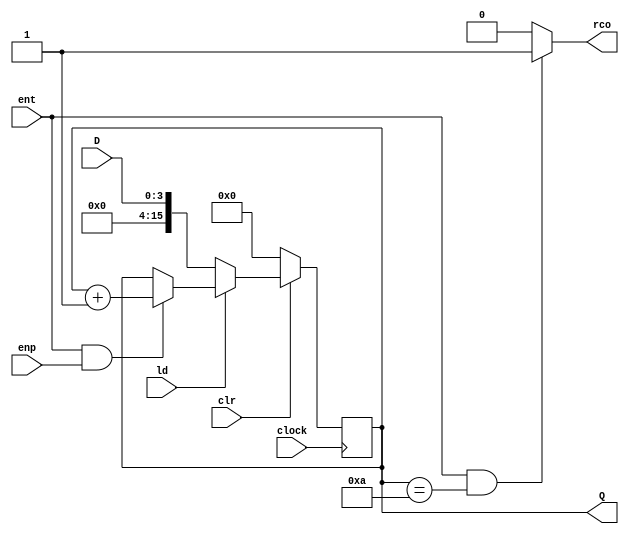

module contador_163_5k ( input clock       , 
                      input clr         , 
                      input ld          , 
                      input ent         , 
                      input enp         , 
                      input [3:0] D     , 
                      output reg [15:0]Q, 
                      output reg rco
                    );

	 initial begin
		Q = 16'd0;
    end
	 
    always @ (posedge clock)
        if (~clr)               Q <= 16'd0;
        else if (~ld)           Q <= D;
        else if (ent && enp)    Q <= Q + 1;
        else                    Q <= Q;
 
    always @ (Q or ent)
        if (ent && (Q == 16'd10))   rco = 1;
        else                          rco = 0;
endmodule